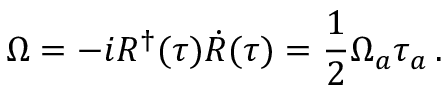
\Omega = - i R ^ { \dagger } ( \tau ) \dot { R } ( \tau ) = \frac 1 2 \Omega _ { a } \tau _ { a } \, .